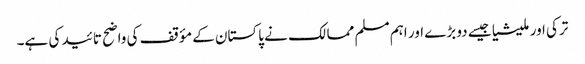
ترکی اور ملیشیا جیسے دو بڑے اور اہم مسلم ممالک نے پاکستان کے مؤقف کی واضح تائید کی ہے۔